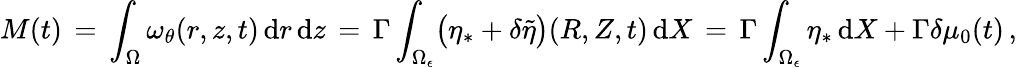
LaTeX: M(t)\, =\, \int_{\Omega}\omega_{\theta}(r,z,t)\, \mathrm{d}r\, \mathrm{d}z\, =\, \Gamma\int_{\Omega_{\epsilon}}\bigl(\eta_{*}+\delta\tilde{\eta}\bigr)(R,Z,t)\, \mathrm{d}X\, =\, \Gamma\int_{\Omega_{\epsilon}}\eta_{*}\, \mathrm{d}X+\Gamma\delta\mu_{0}(t)\, ,